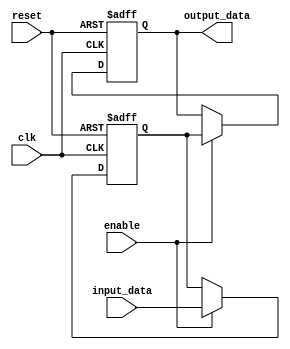
module Inverter_Delay (
    input wire clk,
    input wire reset,
    input wire enable,
    input wire [31:0] input_data,
    output reg [31:0] output_data
);

reg [31:0] delayed_data;

always @(posedge clk or posedge reset) begin
    if (reset) begin
        delayed_data <= 0;
        output_data <= 0;
    end else if (enable) begin
        delayed_data <= input_data;
        output_data <= delayed_data;
    end
end

endmodule